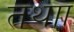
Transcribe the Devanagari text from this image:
तथाा